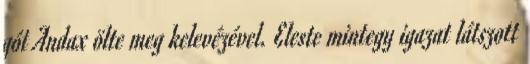
gót Andax ölte meg kelevézével. Eleste mintegy igazat látszott